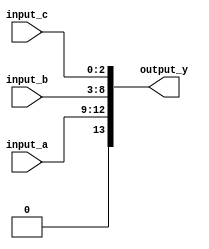
module concatenation_example (
    input wire [3:0] input_a,    // 4-bit input signal
    input wire [5:0] input_b,    // 6-bit input signal
    input wire [2:0] input_c,    // 3-bit input signal
    output wire [13:0] output_y   // 13-bit output signal (4 + 6 + 3 = 13)
);

// Continuous assignment using concatenation
assign output_y = {input_a, input_b, input_c}; // Concatenate inputs

endmodule